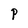
Character: P